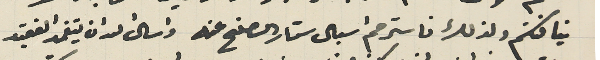
نيافتكم ولذلك فاسترحم اسبال ستار الصفح عنه واسال الله ان يتغمد الفقيد